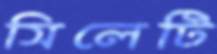
সিলেটি